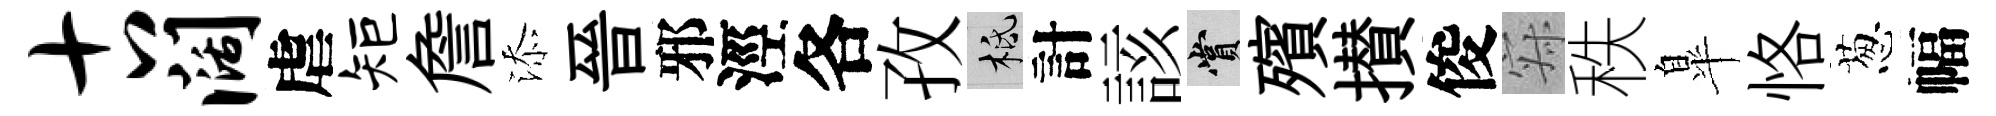
古阔虐矩詹添晉邪涇各孜柢計該賞殯攅俊寂秩臯恪葱幅